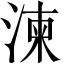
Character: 湅